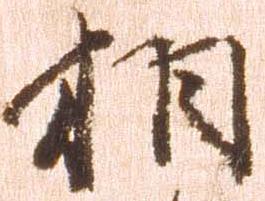
相